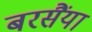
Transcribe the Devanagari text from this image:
बरसैंया